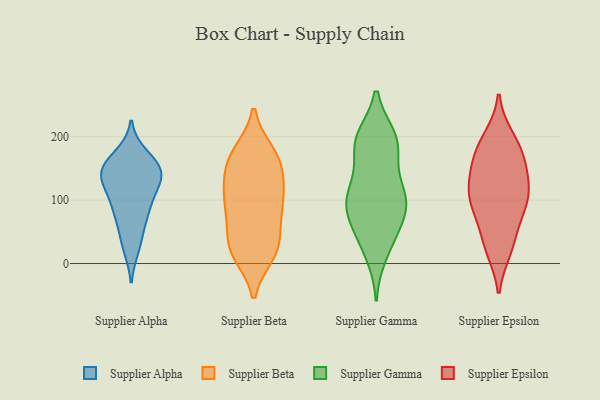
{"axis": {"x": "Humidity (%)", "y": "Value"}, "legend": ["Supplier Alpha", "Supplier Beta", "Supplier Epsilon", "Supplier Gamma"], "data": [{"x": "", "y": 88, "type": "Supplier Alpha"}, {"x": "", "y": 145, "type": "Supplier Alpha"}, {"x": "", "y": 156, "type": "Supplier Alpha"}, {"x": "", "y": 74, "type": "Supplier Alpha"}, {"x": "", "y": 26, "type": "Supplier Alpha"}, {"x": "", "y": 144, "type": "Supplier Alpha"}, {"x": "", "y": 35, "type": "Supplier Alpha"}, {"x": "", "y": 136, "type": "Supplier Alpha"}, {"x": "", "y": 123, "type": "Supplier Alpha"}, {"x": "", "y": 76, "type": "Supplier Alpha"}, {"x": "", "y": 170, "type": "Supplier Alpha"}, {"x": "", "y": 156, "type": "Supplier Alpha"}, {"x": "", "y": 102, "type": "Supplier Alpha"}, {"x": "", "y": 125, "type": "Supplier Alpha"}, {"x": "", "y": 148, "type": "Supplier Alpha"}, {"x": "", "y": 22, "type": "Supplier Beta"}, {"x": "", "y": 57, "type": "Supplier Beta"}, {"x": "", "y": 86, "type": "Supplier Beta"}, {"x": "", "y": 87, "type": "Supplier Beta"}, {"x": "", "y": 17, "type": "Supplier Beta"}, {"x": "", "y": 157, "type": "Supplier Beta"}, {"x": "", "y": 115, "type": "Supplier Beta"}, {"x": "", "y": 154, "type": "Supplier Beta"}, {"x": "", "y": 29, "type": "Supplier Beta"}, {"x": "", "y": 175, "type": "Supplier Beta"}, {"x": "", "y": 172, "type": "Supplier Beta"}, {"x": "", "y": 24, "type": "Supplier Beta"}, {"x": "", "y": 104, "type": "Supplier Beta"}, {"x": "", "y": 15, "type": "Supplier Beta"}, {"x": "", "y": 78, "type": "Supplier Beta"}, {"x": "", "y": 172, "type": "Supplier Beta"}, {"x": "", "y": 131, "type": "Supplier Beta"}, {"x": "", "y": 120, "type": "Supplier Beta"}, {"x": "", "y": 184, "type": "Supplier Gamma"}, {"x": "", "y": 48, "type": "Supplier Gamma"}, {"x": "", "y": 199, "type": "Supplier Gamma"}, {"x": "", "y": 106, "type": "Supplier Gamma"}, {"x": "", "y": 101, "type": "Supplier Gamma"}, {"x": "", "y": 82, "type": "Supplier Gamma"}, {"x": "", "y": 199, "type": "Supplier Gamma"}, {"x": "", "y": 190, "type": "Supplier Gamma"}, {"x": "", "y": 101, "type": "Supplier Gamma"}, {"x": "", "y": 126, "type": "Supplier Gamma"}, {"x": "", "y": 98, "type": "Supplier Gamma"}, {"x": "", "y": 171, "type": "Supplier Gamma"}, {"x": "", "y": 116, "type": "Supplier Gamma"}, {"x": "", "y": 198, "type": "Supplier Gamma"}, {"x": "", "y": 14, "type": "Supplier Gamma"}, {"x": "", "y": 30, "type": "Supplier Gamma"}, {"x": "", "y": 63, "type": "Supplier Gamma"}, {"x": "", "y": 75, "type": "Supplier Gamma"}, {"x": "", "y": 120, "type": "Supplier Epsilon"}, {"x": "", "y": 161, "type": "Supplier Epsilon"}, {"x": "", "y": 76, "type": "Supplier Epsilon"}, {"x": "", "y": 59, "type": "Supplier Epsilon"}, {"x": "", "y": 95, "type": "Supplier Epsilon"}, {"x": "", "y": 126, "type": "Supplier Epsilon"}, {"x": "", "y": 199, "type": "Supplier Epsilon"}, {"x": "", "y": 20, "type": "Supplier Epsilon"}, {"x": "", "y": 200, "type": "Supplier Epsilon"}, {"x": "", "y": 35, "type": "Supplier Epsilon"}, {"x": "", "y": 174, "type": "Supplier Epsilon"}, {"x": "", "y": 171, "type": "Supplier Epsilon"}, {"x": "", "y": 119, "type": "Supplier Epsilon"}, {"x": "", "y": 99, "type": "Supplier Epsilon"}, {"x": "", "y": 142, "type": "Supplier Epsilon"}, {"x": "", "y": 168, "type": "Supplier Epsilon"}, {"x": "", "y": 111, "type": "Supplier Epsilon"}, {"x": "", "y": 20, "type": "Supplier Epsilon"}, {"x": "", "y": 89, "type": "Supplier Epsilon"}]}